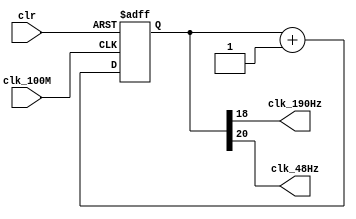
`timescale 1ns / 1ps
//////////////////////////////////////////////////////////////////////////////////
// Company: 
// Engineer: 
// 
// Design Name: 
// Module Name: clkdiv_100M_190_48
// Project Name: 
// Target Devices: 
// Tool Versions: 
// Description: 
// 
// Dependencies: 
// 
// Revision:
// Revision 0.01 - File Created
// Additional Comments:
// 
//////////////////////////////////////////////////////////////////////////////////


module clkdiv_100M_190_48(
                          input wire  clk_100M,
                          input wire  clr,
                          output wire clk_190Hz,
                          output wire clk_48Hz
                          );
   reg [24:0]                         q;
   always @ (posedge clk_100M or posedge clr ) begin
      if (1 == clr)
        q <= 0;
      else
        q <= q + 1;
      
   end
   assign clk_190Hz = q[18];
   assign clk_48Hz = q[20];
   
   
endmodule